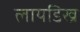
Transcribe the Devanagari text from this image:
लायडिख